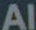
Al